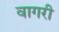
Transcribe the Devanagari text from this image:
वागरी